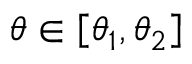
\theta \in \left[ \theta _ { 1 } , \theta _ { 2 } \right]